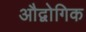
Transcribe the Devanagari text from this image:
औद्वोगिक